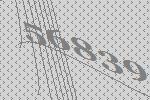
56839